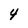
Character: 4